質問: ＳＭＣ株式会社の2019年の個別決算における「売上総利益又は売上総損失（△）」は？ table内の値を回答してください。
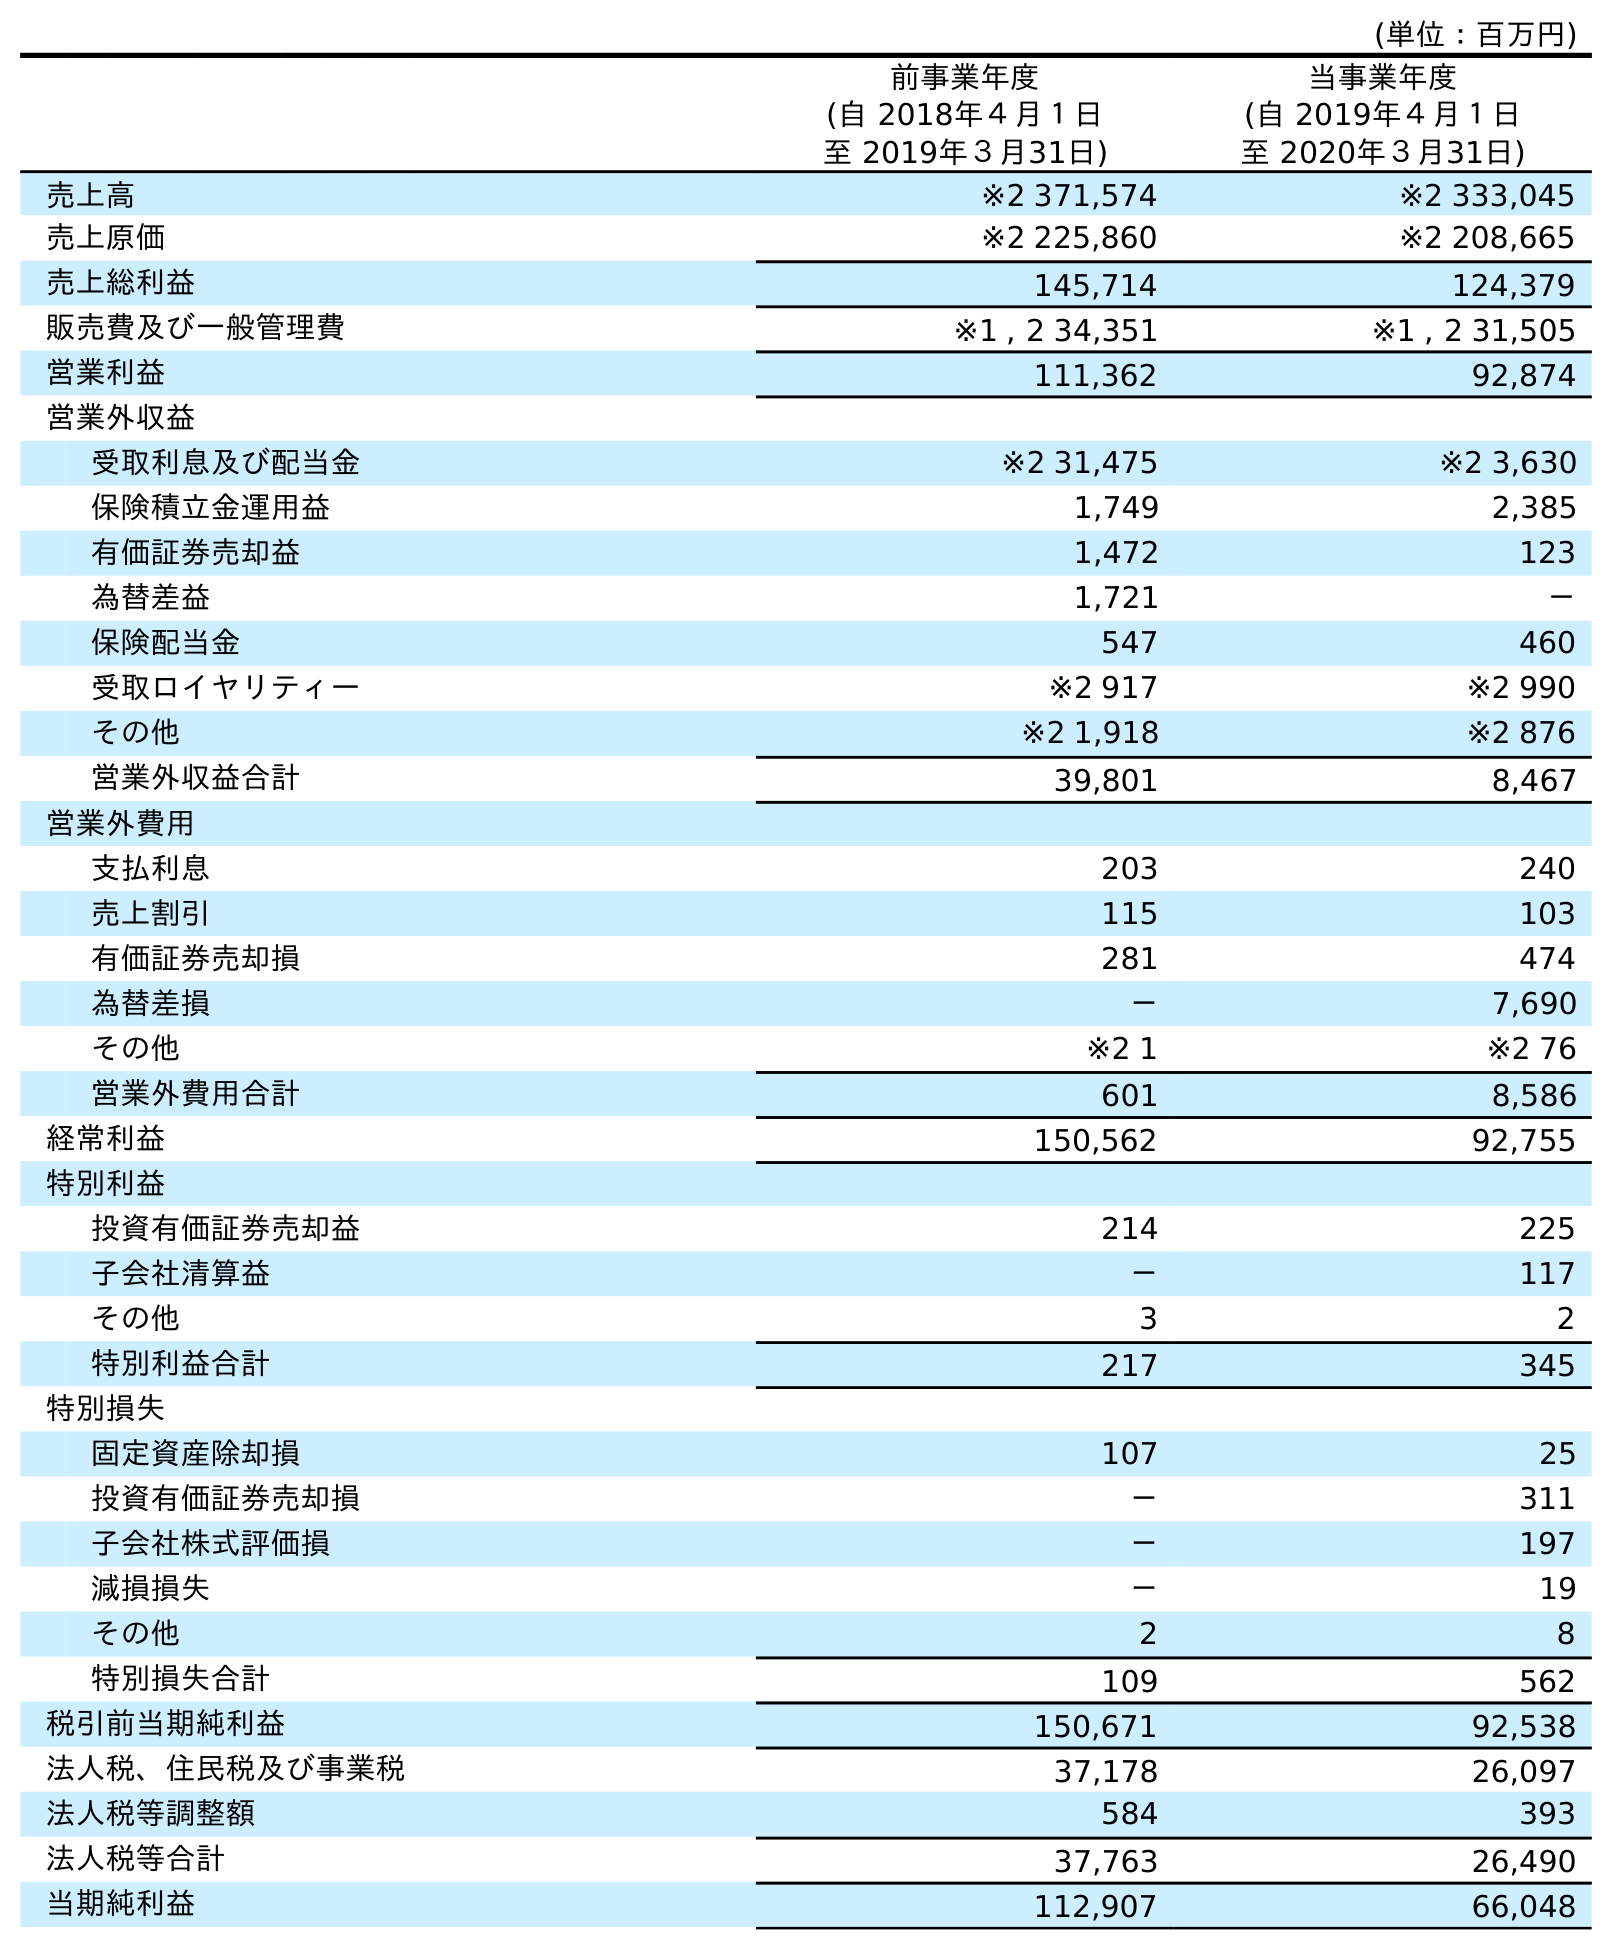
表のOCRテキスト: (単位：百万円) 前事業年度 (自 2018年４月１日 至 2019年３月31日) 当事業年度 (自 2019年４月１日 至 2020年３月31日) 売上高 ※2 371,574 ※2 333,045 売上原価 ※2 225,860 ※2 208,665 売上総利益 145,714 124,379 販売費及び一般管理費 ※1 , 2 34,351 ※1 , 2 31,505 営業利益 111,362 92,874 営業外収益 受取利息及び配当金 ※2 31,475 ※2 3,630 保険積立金運用益 1,749 2,385 有価証券売却益 1,472 123 為替差益 1,721 － 保険配当金 547 460 受取ロイヤリティー ※2 917 ※2 990 その他 ※2 1,918 ※2 876 営業外収益合計 39,801 8,467 営業外費用 支払利息 203 240 売上割引 115 103 有価証券売却損 281 474 為替差損 － 7,690 その他 ※2 1 ※2 76 営業外費用合計 601 8,586 経常利益 150,562 92,755 特別利益 投資有価証券売却益 214 225 子会社清算益 － 117 その他 3 2 特別利益合計 217 345 特別損失 固定資産除却損 107 25 投資有価証券売却損 － 311 子会社株式評価損 － 197 減損損失 － 19 その他 2 8 特別損失合計 109 562 税引前当期純利益 150,671 92,538 法人税、住民税及び事業税 37,178 26,097 法人税等調整額 584 393 法人税等合計 37,763 26,490 当期純利益 112,907 66,048
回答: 145,714